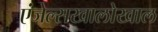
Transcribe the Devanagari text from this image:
एंजेल्सखालोखाल